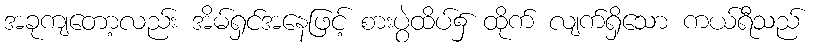
အခုကျတော့လည်း အိမ်ရှင်အနေဖြင့် စားပွဲထိပ်၌ ထိုက် လျက်ရှိသော ကယ်ရီသည်